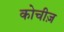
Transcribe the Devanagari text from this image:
कोचीज़